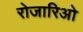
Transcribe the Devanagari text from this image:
रोजारिओ